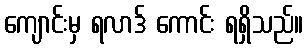
ကျောင်းမှ ရလာဒ် ကောင်း ရရှိသည်။